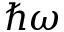
\hbar \omega